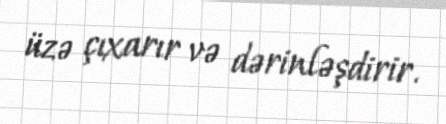
üzə çıxarır və dərinləşdirir.